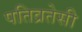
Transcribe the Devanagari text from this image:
पतिव्रतेसी